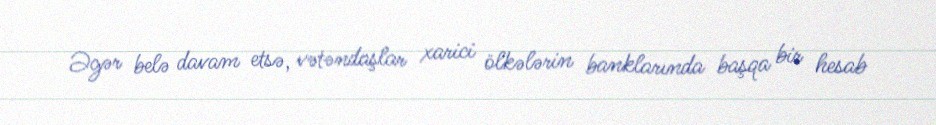
Əgər belə davam etsə, vətəndaşlar xarici ölkələrin banklarında başqa bir hesab